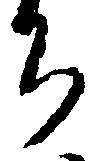
ち